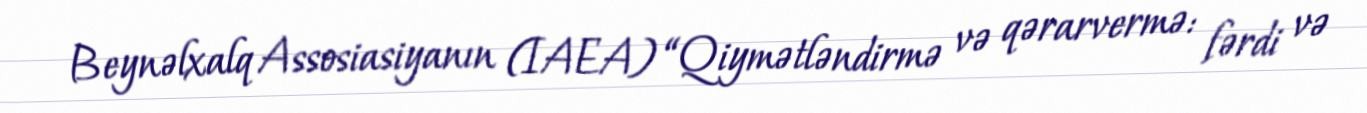
Beynəlxalq Assosiasiyanın (IAEA) “Qiymətləndirmə və qərarvermə: fərdi və